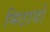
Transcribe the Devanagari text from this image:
मिठायों